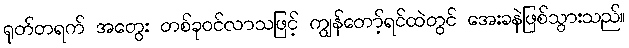
ရုတ်တရက် အတွေး တစ်ခုဝင်လာသဖြင့် ကျွန်တော့်ရင်ထဲတွင် အေးခနဲဖြစ်သွားသည်။